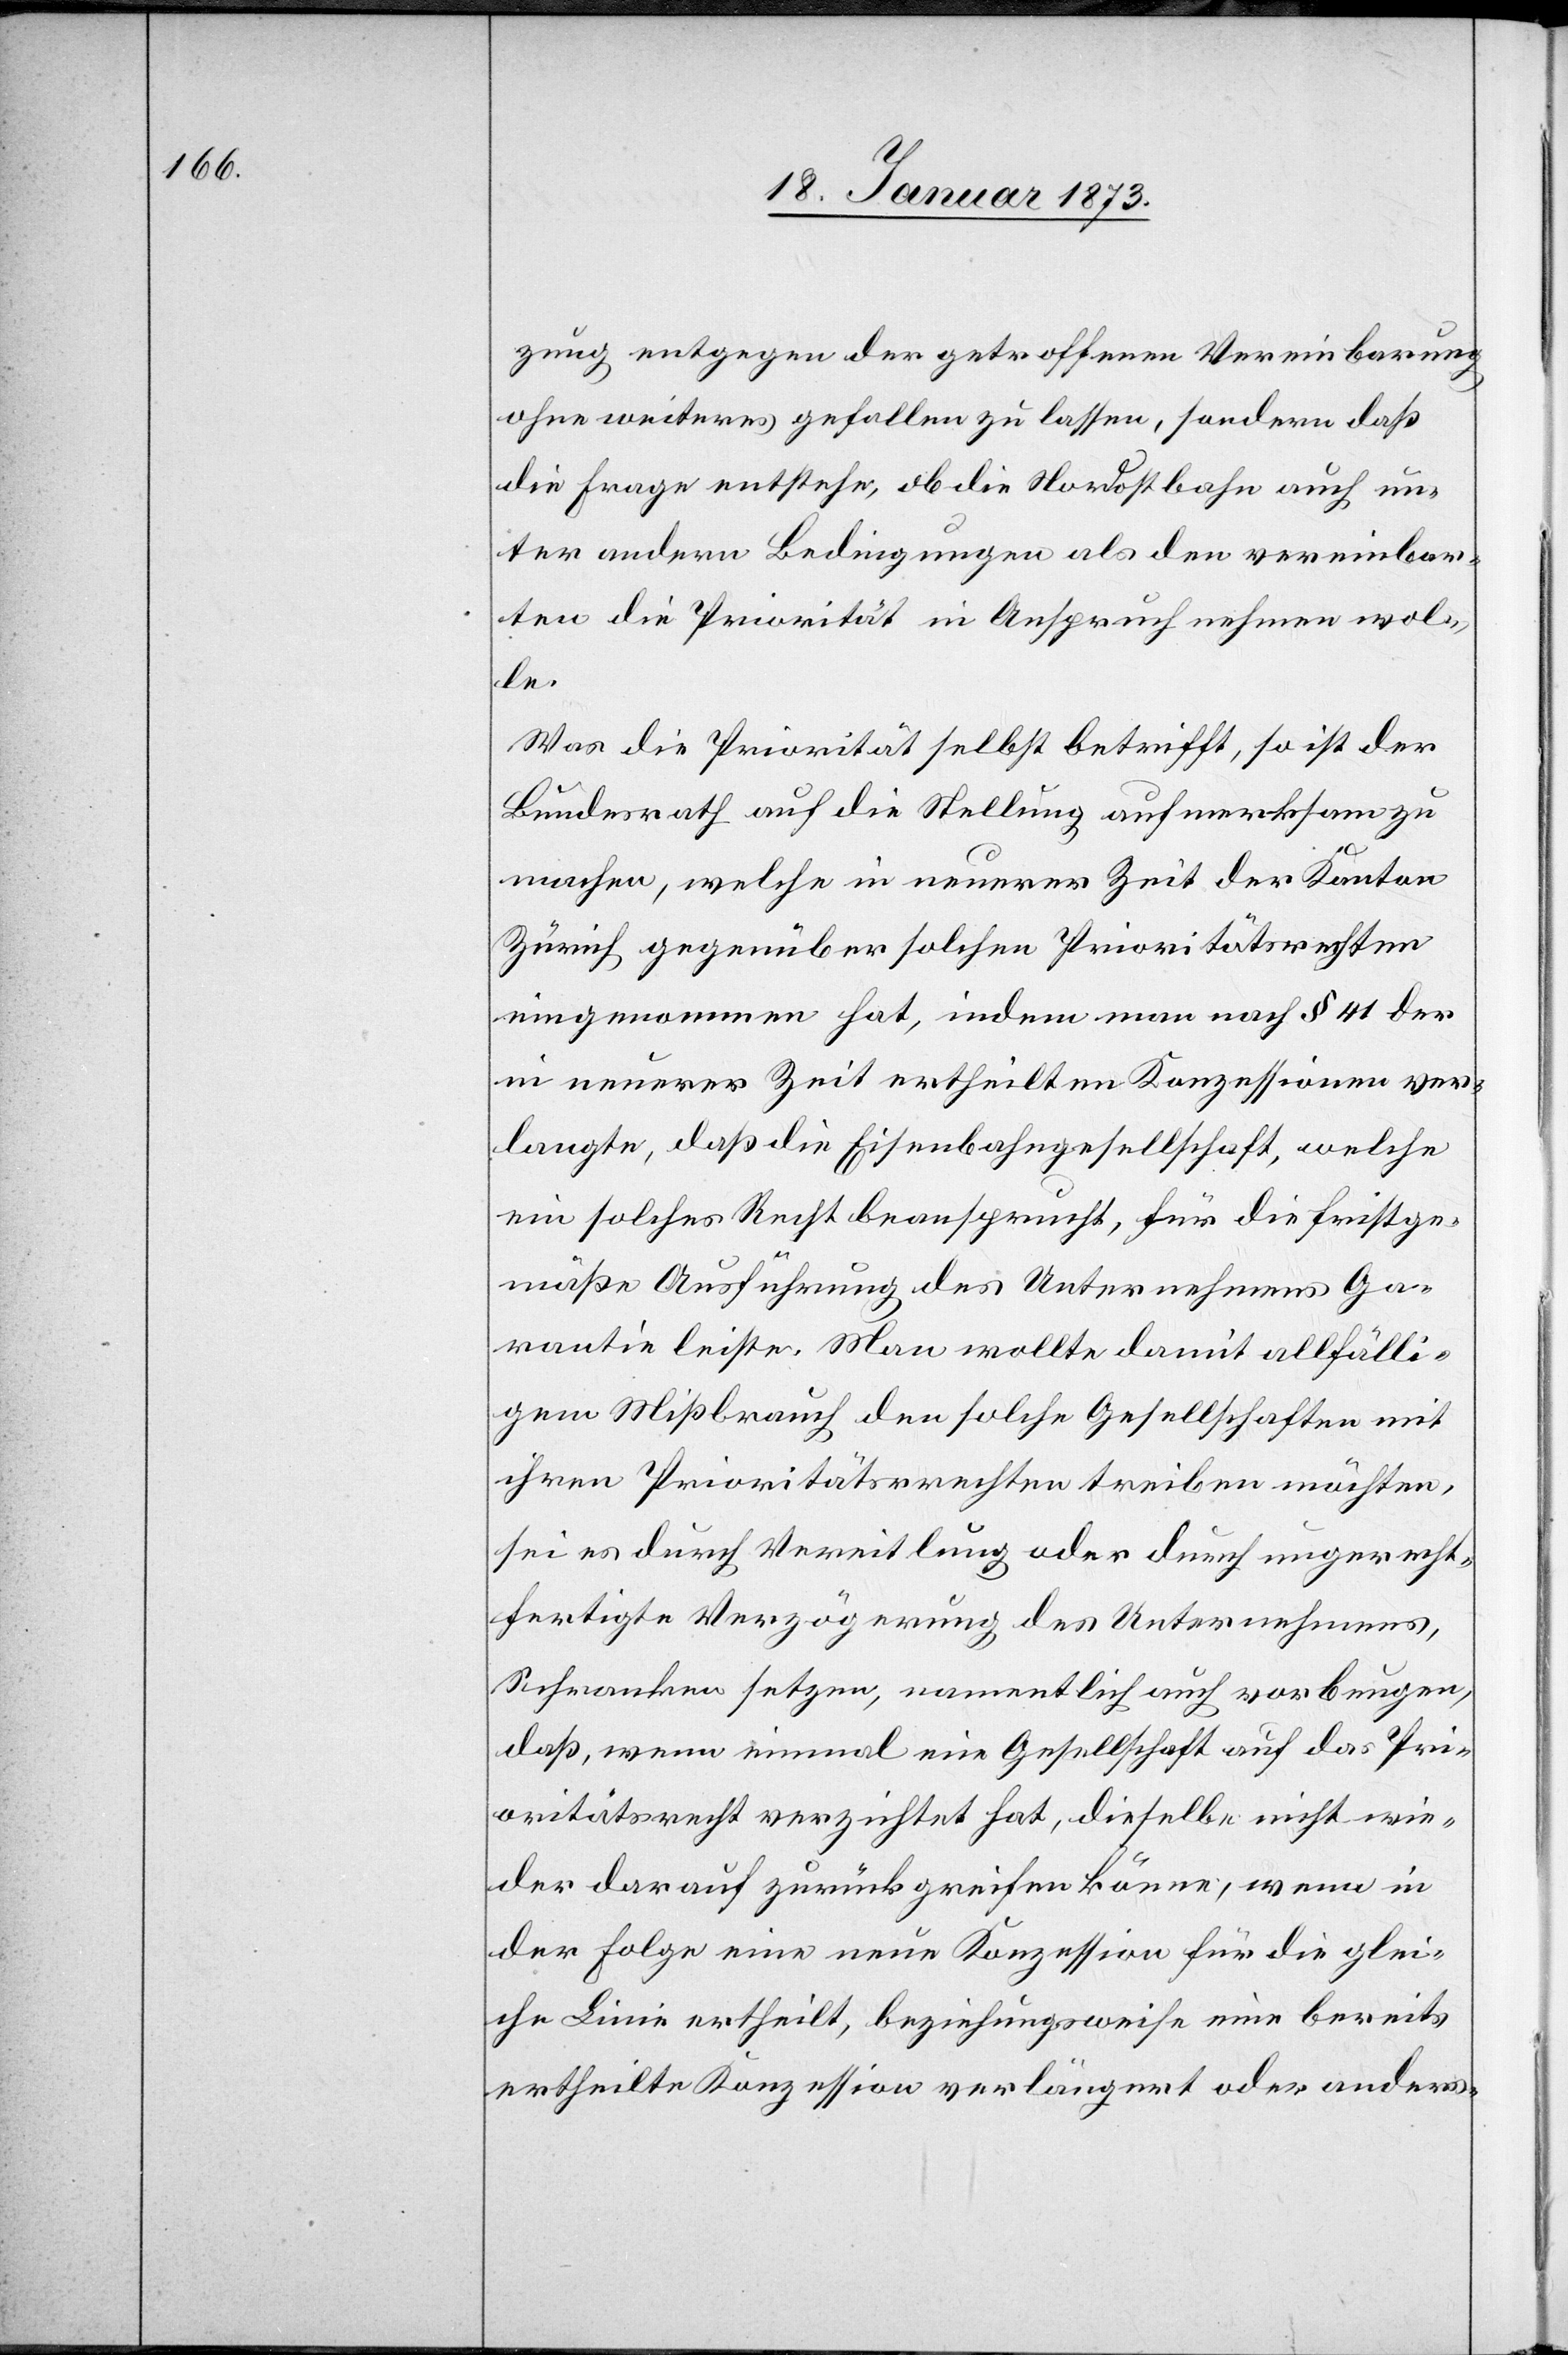
zung entgegen der getroffenen Vereinbarung
ohne weiteres gefallen zu lassen, sondern daß
die Frage entstehe, ob die Nordostbahn auch un¬
ter andern Bedingungen als den vereinbar¬
ten die Priorität in Anspruch nehmen wol¬
le.
Was die Priorität selbst betrifft, so ist der
Bundesrath auf die Stellung aufmerksam zu
machen, welche in neuerer Zeit der Kanton
Zürich gegenüber solchen Prioritätsrechten
eingenommen hat, indem man nach § 41 der
in neuerer Zeit ertheilten Konzessionen ver¬
langte, daß die Eisenbahngesellschaft, welche
ein solches Recht beansprucht, für die fristge¬
mäße Ausführung des Unternehmens Ga¬
rantie leiste. Man wollte damit allfälli¬
gem Mißbrauch den solche Gesellschaften mit
ihren Prioritätsrrechten [sic!] treiben möchten,
sei es durch Vereitlung oder durch ungerecht¬
fertigte Verzögerung des Unternehmens,
Schranken setzen, namentlich auch vorbeugen,
daß, wenn einmal eine Gesellschaft auf das Pri¬
oritätsrecht verzichtet hat, dieselbe nicht wie¬
der darauf zurückgreifen könne, wenn in
der Folge eine neue Konzession für die glei¬
che Linie ertheilt, beziehungsweise eine bereits
ertheilte Konzession verlängert oder anders-